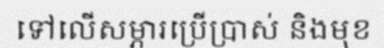
ទៅលើសម្ភារប្រើប្រាស់ និងមុខ